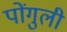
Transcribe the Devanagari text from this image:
पोंगुली